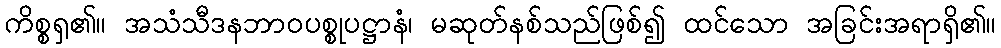
ကိစ္စရှ၏။ အသံသီဒနဘာဝပစ္စုပဋ္ဌာနံ၊ မဆုတ်နစ်သည်ဖြစ်၍ ထင်သော အခြင်းအရာရှိ၏။